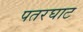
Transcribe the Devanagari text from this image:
पतरघाट